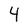
Character: 4